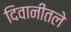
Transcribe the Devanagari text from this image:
दिवानीतले